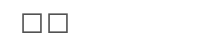
٦٠